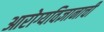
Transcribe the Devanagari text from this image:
आरोग्यविज्ञानाची